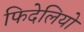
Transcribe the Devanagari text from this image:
फिदेलियो